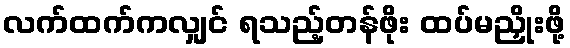
လက်ထက်ကလျှင် ရသည့်တန်ဖိုး ထပ်မညှိုးဖို့